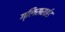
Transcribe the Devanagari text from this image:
ग्लिसराईड